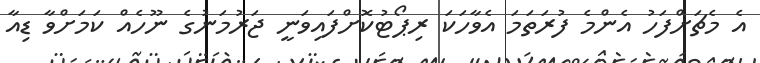
އެ މެޗަށްފަހު އެންމެ ފުރަތަމަ އެވާހަކަ ރިޕޯޓުކޮށްފައިވަނީ ޖަރުމަނުގެ ނޫހެއް ކަމަށްވާ ޑިއާ